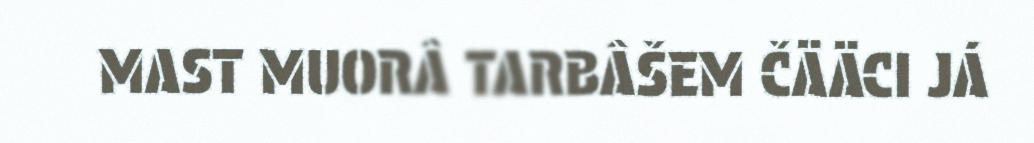
MAST MUORÂ TARBÂŠEM ČÄÄCI JÁ